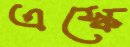
এস্কে